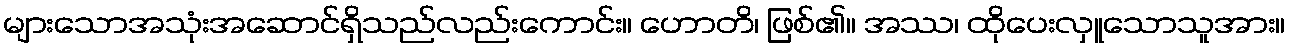
များသောအသုံးအဆောင်ရှိသည်လည်းကောင်း။ ဟောတိ၊ ဖြစ်၏။ အဿ၊ ထိုပေးလှူသောသူအား။